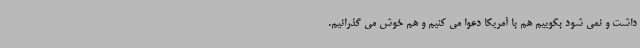
داشت و نمی شود بگوییم هم با آمریکا دعوا می کنیم و هم خوش می گذرانیم.